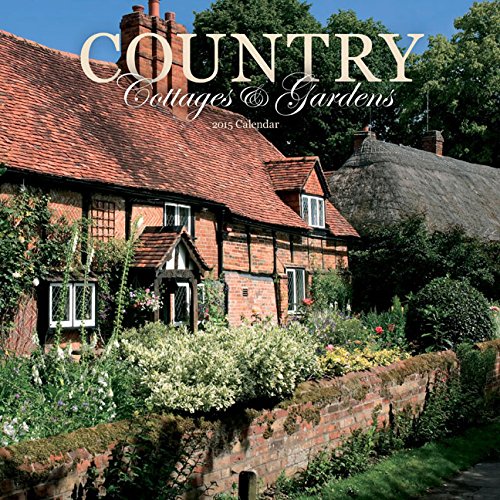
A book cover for Country Cottages & Gardens 2015 Wall Calendar; Carousel Calendars; Calendars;